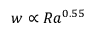
w \propto R a ^ { 0 . 5 5 }